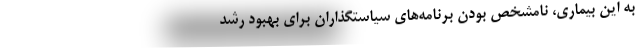
به این بیماری، نامشخص بودن برنامه‌های سیاستگذاران برای بهبود رشد